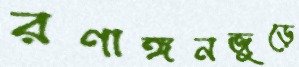
রণাঙ্গনজুড়ে